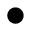
\bullet